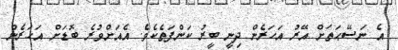
އެ ނަސޭޙަތަށް އޭރު އަހަރެން ދިނީ ބީރު ކަންފަތެކެވެ. އެއަށްވުރެ ބޮޑަށް އަހަރެން